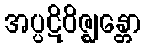
အပ္ပဋိဝိဇ္ဈန္တော